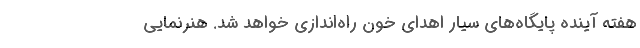
هفته آینده پایگاه‌های سیار اهدای خون راه‌اندازی خواهد شد. هنرنمایی